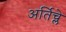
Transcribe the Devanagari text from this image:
अर्तिच्ले